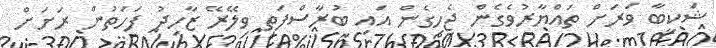
ޝަކީބާ ވަރަށް ތައްޔާރުވެގެން ޖެހިގެން އައި ބުރާސްފަތި ވިލޭރޭ ޒާހިދު ފަހަތުން ރަށަށް